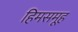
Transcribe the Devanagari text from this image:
हिमसमूह